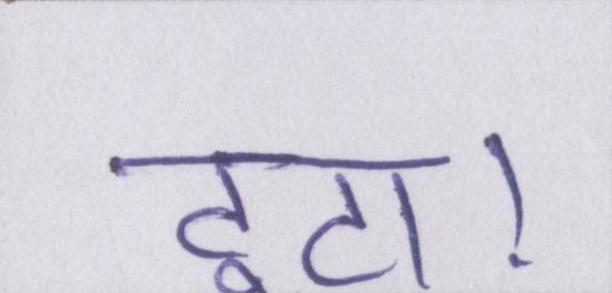
टूटा।